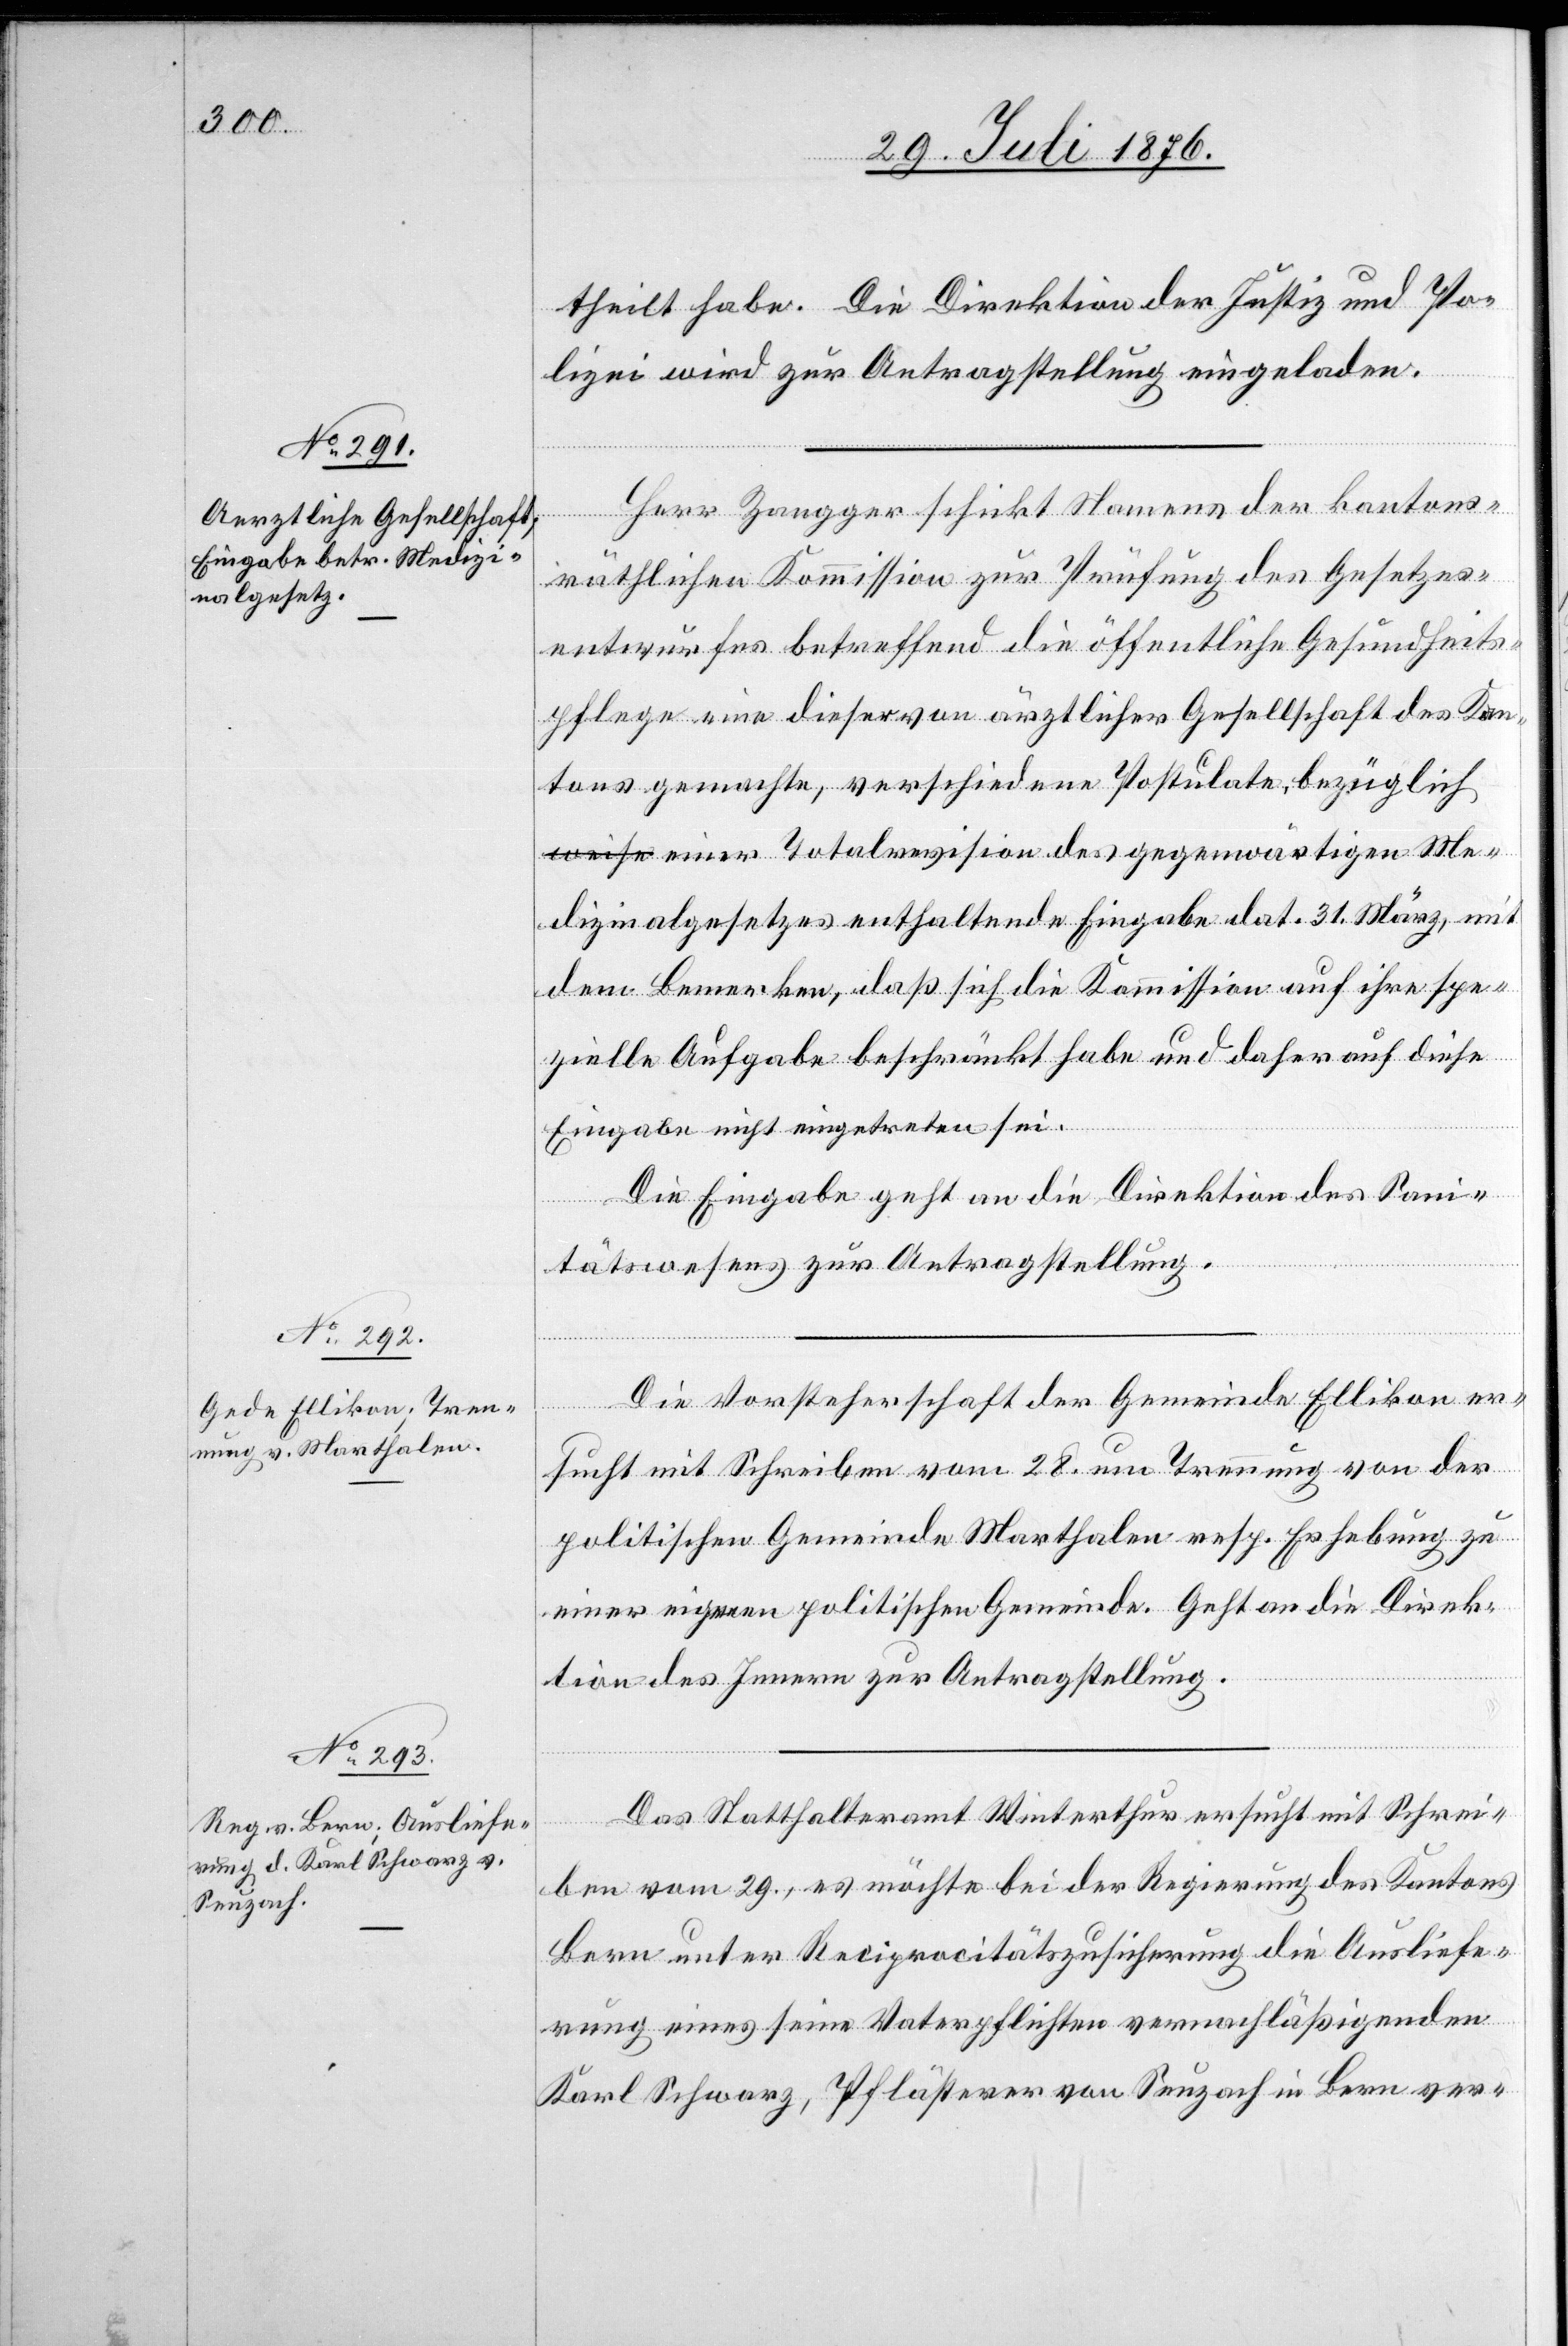
30. Juli 1876.]
theilt habe. Die Direktion der Justiz und Po¬
lizei wird zur Antragstellung eingeladen.
Herr Zangger schickt Namens der kantons¬
räthlichen Kommission zur Prüfung des Gesetzes¬
entwurfes betreffend die öffentliche Gesundheits¬
pflege eine dieser ärztlichen Gesellschaft des Kan¬
tons gemachte, verschiedene Postulate, bezüglic¬
h einer Totalrevision des gegenwärtigen Me¬
dizinalgesetzes enthaltende Eingabe dat. 31. März, mit
dem Bemerken, daß sich die Kommission auf ihre spe¬
zielle Aufgabe beschränkt habe und daher auf diese
Eingabe nicht eingetreten sei.
Die Eingabe geht an die Direktion des Sani¬
tätswesens zur Antragstellung.
Die Vorsteherschaft der Gemeinde Ellikon er¬
sucht mit Schreiben vom 28. um Trennung von der
politischen Gemeinde Marthalen resp. Erhebung zu
einer eigenen politischen Gemeinde. Geht an die Direk¬
tion des Innern zur Antragstellung.
Das Statthalteramt Winterthur ersucht mit Schrei¬
ben vom 29., es möchte bei der Regierung des Kantons
Bern unter Reciprocitätszusicherung die Ausliefe¬
rung eines seine Vaterpflichten vernachläßigenden
Karl Schwarz, Pflästerer von Seuzach in Bern ver-